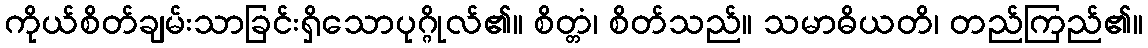
ကိုယ်စိတ်ချမ်းသာခြင်းရှိသောပုဂ္ဂိုလ်၏။ စိတ္တံ၊ စိတ်သည်။ သမာဓိယတိ၊ တည်ကြည်၏။